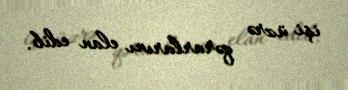
işi üzrə qərarlarını elan edib.